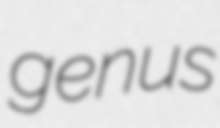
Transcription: genus